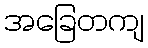
အခြေတကျ